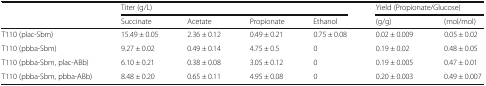
|  | <COLSPAN=4> Titer (g/L) | <COLSPAN=2> Yield (Propionate/Glucose) |
 |  | Succinate | Acetate | Propionate | Ethanol | (g/g) | (mol/mol) |
 | --- | --- | --- | --- | --- | --- | --- |
 | T110 (plac-Sbm) | 15.49 ± 0.05 | 2.36 ± 0.12 | 0.49 ± 0.21 | 0.75 ± 0.08 | 0.02 ± 0.009 | 0.05 ± 0.02 |
 | T110 (pbba-Sbm) | 9.27 ± 0.02 | 0.49 ± 0.14 | 4.75 ± 0.5 | 0 | 0.19 ± 0.02 | 0.48 ± 0.05 |
 | T110 (pbba-Sbm, plac-ABb) | 6.10 ± 0.21 | 0.38 ± 0.08 | 3.05 ± 0.12 | 0 | 0.19 ± 0.005 | 0.47 ± 0.01 |
 | T110 (pbba-Sbm, pbba-ABb) | 8.48 ± 0.20 | 0.65 ± 0.11 | 4.95 ± 0.08 | 0 | 0.20 ± 0.003 | 0.49 ± 0.007 |